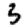
Digit: 3